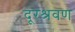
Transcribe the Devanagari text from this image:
दूरश्रवण